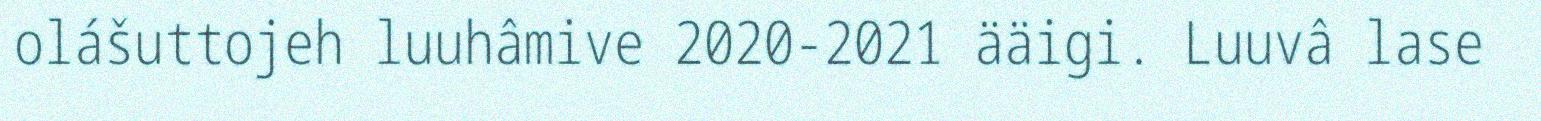
olášuttojeh luuhâmive 2020-2021 ääigi. Luuvâ lase